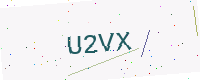
Text: U2VX